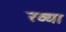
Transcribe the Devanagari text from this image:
ख्या